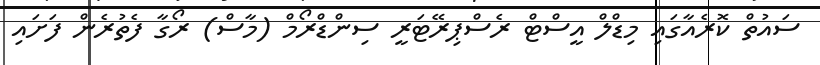
ސައުތް ކޮރެއާގައި މިޑްލް އީސްޓް ރެސްޕިރޭޓަރީ ސިންޑްރޯމް (މާސް) ރޯގާ ފެތުރެން ފަށައި